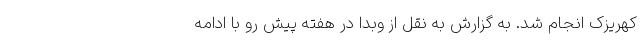
کهریزک انجام شد. به گزارش به نقل از وبدا در هفته پیش رو با ادامه